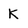
Character: K